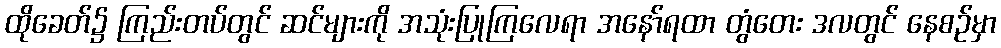
ထိုခေတ်၌ ကြည်းတပ်တွင် ဆင်များကို အသုံးပြုကြလေရာ အနော်ရထာ တွံတေး ဒလတွင် နေစဉ်မှာ